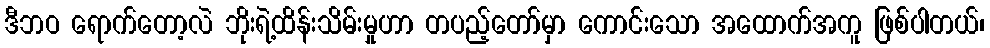
ဒီဘဝ ရောက်တော့လဲ ဘိုးရဲ့ထိန်းသိမ်းမှုဟာ တပည့်တော်မှာ ကောင်းသော အထောက်အကူ ဖြစ်ပါတယ်၊